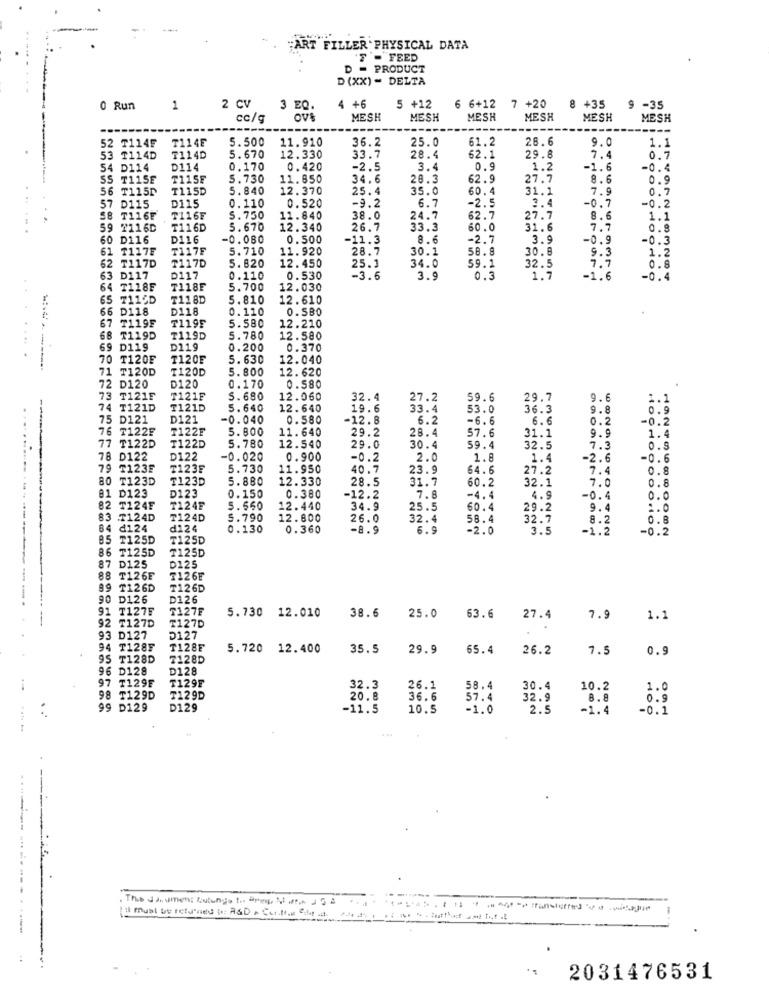
"ART FILLER PHYSICAL DATA
7 - FEED
D = PRODUCT
D (XX) - DELTA
0 Run
1
2 CV
3 EQ.
+6
5 +12
6 6+12 7 +20
+35
9 -35
OVE
MESH
MESH
MESH
MESH
MESH
MESH
----
-----
----
T114E
5.500
11.910
36.2
25.0
61.2
28.6
9.0
52 T114F
1.1
53 T114D
₸114D
5.670
12.330
33.7
28.4
62.1
29.8
7.4
0.7
54 D114
D114
0.170
0.420
-2.5
3.4
0.9
1.2
-1.6
-0.4
SS T115E
T115F
5.730
11.850
34.6
20.3
62.9
27.7
8.6
0.9
56 T115P
T115D
5.840
12.370
25.4
35.0
60.4
31.1
7.9
0.7
D115
0.110
0.520
-9.2
-0.7
-0.2
57 D115
6.7
-2.5
3.4
58 T116F
T116F
S.750
11.840
38.0
24.7
62.7
27.7
8.6
1.1
59 7116D
T116D
5.670
12.340
26.7
33.3
60.0
31.6
7.7
0.8
60 D116
D116
-0.080
0.500
-11.3
8.6
-2.7
3.9
-0.9
-0.3
61 T1175
T117F
5.710
11. 920
28.7
30.1
58.8
30.8
9.3
62
T117D
T117D
5.820
12.450
25.1
34.0
59.1
1.2
32.5
7.7
0.8
63
D117
D117
0.110
0.530
-3.6
3.9
0.3
1.
-1.6
-0.4
4 T118F
T118F
5.700
12.030
65
T115D
T118D
5.810
12.610
66 D118
D118
0.110
0.5BO
67 T119E
T1195
5.580
12.210
68 T119D
T119D
5.780
12.580
69 D119
D119
0.200
0.370
... .. .
70 T120E
T120E
5. 630
12.040
--------
71 T120D
I120D
5.800
12. 620
D120
0.170
72 D120
0.580
73 ₸121F
T121F
5.680
12.060
32.4
27.2
59.6
29.7
9.6
1.1
74
T121D
T121D
5.640
12.640
19.6
33.4
53.0
36.3
9.8
0.9
75 D121
D121
-0.040
0.580
-12.8
6.2
-6.6
6.6
0.2
-0.2
76 T122F
T122F
5.800
11.640
1.4
29.2
28.4
57.6
31.1
9.9
77 T122D
T122D
5.780
12.540
29.0
30.4
59.4
32.5
7.3
0.5
78 D122
D122
-0.020
0.900
-0.2
2.0
1.8
1.4
-2.6
-0.6
79 T123F
T123F
5.730
11.950
40.7
DONONE
23.9
64.6
27.2
7.4
0.8
80 T123D
T123D
5.880
12.330
28.5
31.7
60.2
32.1
7.0
0.8
.......
81 D123
D123
0.150
0.380
-12.2
7.8
=4.4
4.9
-0.4
0.0
82 T124F
₸124F
5.560
12.440
34.9
25.5
60.4
29.2
9.4
1.0
83
T124D
₸124D
5.790
12.800
26.0
32.4
58.4
32.7
8.2
0.8
84
₫124
d124
0.130
0.360
-8.9
6.9
-2.0
3.5
-1.2
-0.2
85 T125D
T125D
86 T125D
T125D
D125
D125
88
T126E
7126E
99 T126D
T126D
----------
90 D126
D126
91
T127F
T127F
5.730 12.010
38.6
92
T127D
T127D
25.0
63.6
27.4
7.9
1.1
93 D127
D127
94 T128F
T128E
5.720 12.400
35.5
29.9
65.4
26.2
7.5
0.9
95 T128D
7128D
96 D128
D128
97
T129F
T129F
32.3
26.1
58.4
30.4
10.2
1.0
98 T129D
T129D
20.8
36.6
57.4
32.9
8.8
0.9
99 D129
D129
-11.5
10.5
-1.0
2.5
-1.4
-0.1
This Jasmens Zutunge t .. Pres, Mit J 5 2
-
2031476531